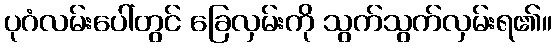
ပုဂံလမ်းပေါ်တွင် ခြေလှမ်းကို သွက်သွက်လှမ်းရ၏။